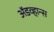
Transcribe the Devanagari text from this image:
अॅडव्हान्स